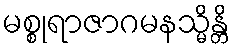
မစ္စုရာဇာဂမနသ္မိန္တိ